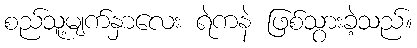
စည်သူ့မျက်နှာလေး ရဲကနဲ ဖြစ်သွားခဲ့သည်။